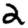
Digit: 2